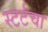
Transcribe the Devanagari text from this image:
स्टर्टचा